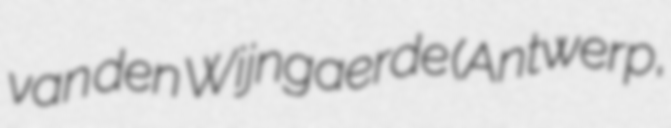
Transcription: van den Wijngaerde (Antwerp,